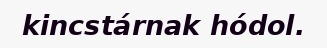
kincstárnak hódol.